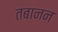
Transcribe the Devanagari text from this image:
तबानन